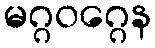
မဂ္ဂဝဂ္ဂေန